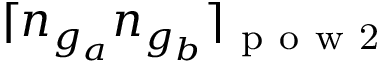
\lceil n _ { g _ { a } } n _ { g _ { b } } \rceil _ { \mathrm { ~ p ~ o ~ w ~ 2 ~ } }